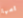
امها